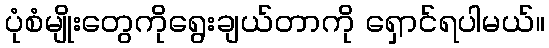
ပုံစံမျိုးတွေကိုရွေးချယ်တာကို ရှောင်ရပါမယ်။